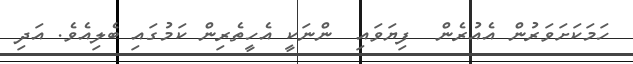
ހަމަކަށަވަރުން އެއުރެން  ފިޔަވައި  ންނަކީ އެހީތެރިން ކަމުގައި ބެލިއެވެ. އަދި